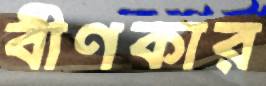
বীণকার